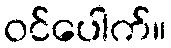
ဝင်ပေါက်။